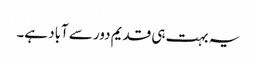
یہ بہت ہی قدیم دور سے آباد ہے۔